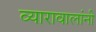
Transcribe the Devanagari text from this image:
व्यारावालांनी